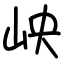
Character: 岟